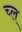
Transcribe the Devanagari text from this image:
च्ल